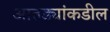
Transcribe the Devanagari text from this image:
आतड्यांकडील